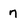
Character: 7